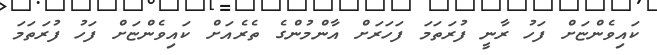
ކައިވެންޏަށް ފަހު ރާނީ ފުރަތަމަ ފަހަރަށް އާންމުންގެ ތެރެއަށް ކައިވެންޏަށް ފަހު ފުރަތަމަ